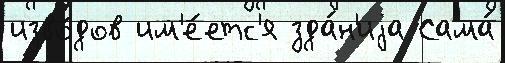
изво́дов им'е́етс'я зда́н'иjа Сама́